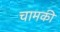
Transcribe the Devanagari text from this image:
चामकी